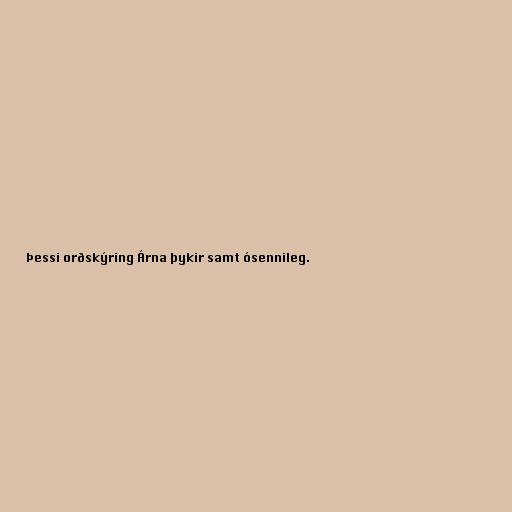
Þessi orðskýring Árna þykir samt ósennileg.